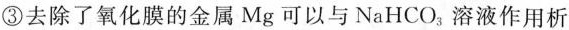
③去除了氧化膜的金属Mg可以与NaHCO_{3|，溶液作用析